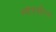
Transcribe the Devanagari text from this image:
स्तोत्रसंहिता